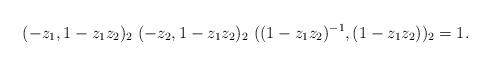
LaTeX: \begin{align*}(-z_1,1-z_1z_2)_2\ (-z_2,1-z_1z_2)_2\ ((1-z_1z_2)^{-1},(1-z_1z_2))_2=1.\end{align*}